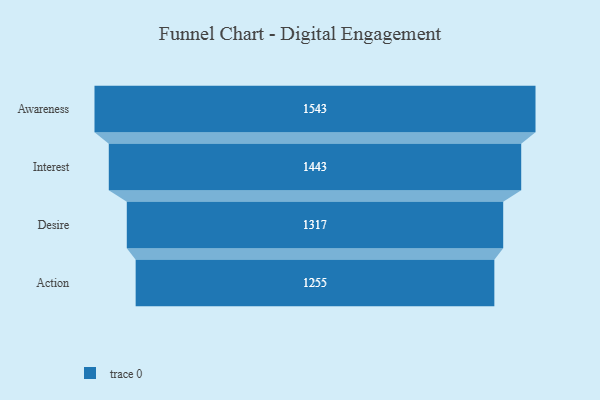
{"axis": {"x": "Stage", "y": "Value"}, "legend": [""], "data": [{"x": "Awareness", "y": 1543.0, "type": ""}, {"x": "Interest", "y": 1443.0, "type": ""}, {"x": "Desire", "y": 1317.0, "type": ""}, {"x": "Action", "y": 1255.0, "type": ""}]}